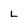
Character: L